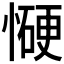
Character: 𰒋